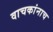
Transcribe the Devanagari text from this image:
वाचकांनाच